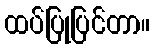
ထပ်ပြုပြင်တာ။